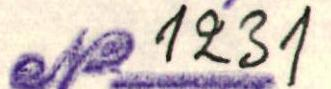
N:o  1231